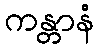
ကန္တာနံ